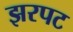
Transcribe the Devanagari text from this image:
झरपट